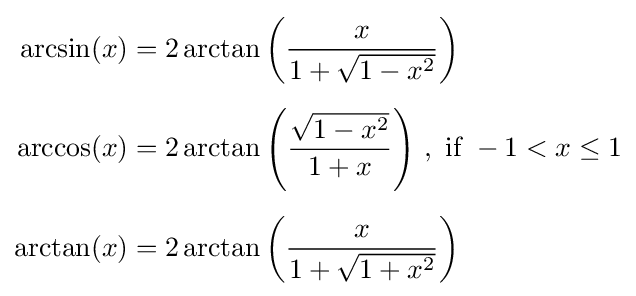
{\begin{aligned}\arcsin(x)&=2\arctan \left({\frac {x}{1+{\sqrt {1-x^{2}}}}}\right)\\[0.5em]\arccos(x)&=2\arctan \left({\frac {\sqrt {1-x^{2}}}{1+x}}\right)\,,{\text{ if }}-1<x\leq 1\\[0.5em]\arctan(x)&=2\arctan \left({\frac {x}{1+{\sqrt {1+x^{2}}}}}\right)\end{aligned}}